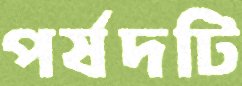
পর্ষদটি